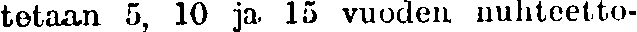
tetaan 5, 10 ja 15 vuoden nuhteetto-